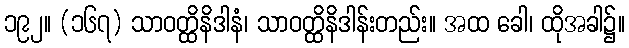
၁၉၂။ (၁၆၇) သာဝတ္ထိနိဒါနံ၊ သာဝတ္ထိနိဒါန်းတည်း။ အထ ခေါ၊ ထိုအခါ၌။